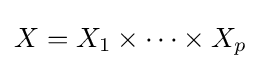
X=X_{1}\times \dots \times X_{p}